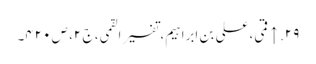
۲۹. ↑ قمی، علی بن ابراہیم، تفسیر القمی، ج ۲، ص ۴۲۰۔